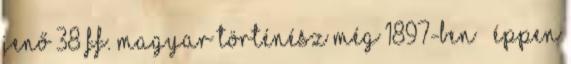
Jenő 38 ff. magyar történész még 1897-ben – éppen